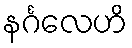
နင်္ဂလေဟိ